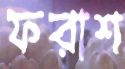
ফরাশ